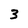
Character: 3